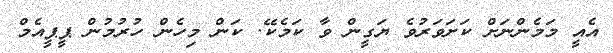
އެއީ މަމެންނަށް ކަށަވަރުވެ ޔަގީން ވާ ކަމެކޭ. ކަން މިހެން ހުރުުމުން ޕީޕީއެމް